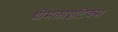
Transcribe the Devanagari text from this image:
थ्रोमलाइटिक्स